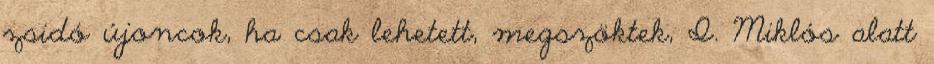
zsidó újoncok, ha csak lehetett, megszöktek, I. Miklós alatt